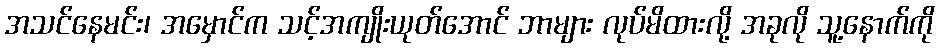
အသင်နေမင်း၊ အမှောင်က သင့်အကျိုးယုတ်အောင် ဘာများ လုပ်မိထားလို့ အခုလို သူ့နောက်ကို